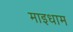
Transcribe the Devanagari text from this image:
माइधाम